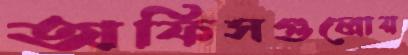
অফিসগুলোয়